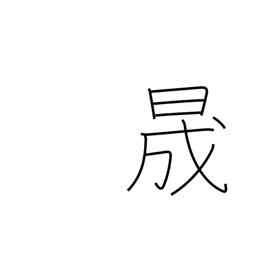
Meaning: clear